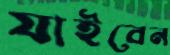
যাইবেন